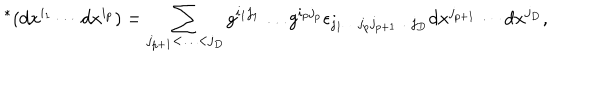
{ } ^ { * } ( d x ^ { i _ { 1 } } \cdots d x ^ { i _ { p } } ) = \sum _ { j _ { p + 1 } < \ldots < j _ { D } } g ^ { i _ { 1 } j _ { 1 } } \ldots g ^ { i _ { p } j _ { p } } \epsilon _ { j _ { 1 } \ldots j _ { p } j _ { p + 1 } \ldots j _ { D } } d x ^ { j _ { p + 1 } } \cdots d x ^ { j _ { D } } ,